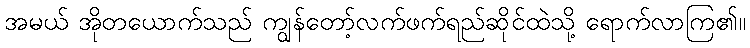
အမယ် အိုတယောက်သည် ကျွန်တော့်လက်ဖက်ရည်ဆိုင်ထဲသို့ ရောက်လာကြ၏။